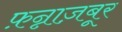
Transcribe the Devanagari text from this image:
फ़न्नाज़बूर